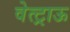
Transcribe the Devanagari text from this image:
वेत्ट्राऊ